Bréfritari: Soffía Daníelsdóttir
Viðtakandi: Jakobína Magnúsdóttir og Daníel Halldórsson
Dagsetning: A-1900-09-19
Skrifað á: Skeggjastöðum  N-Múl.
Soffía var dóttir Jakobínu og Daníels

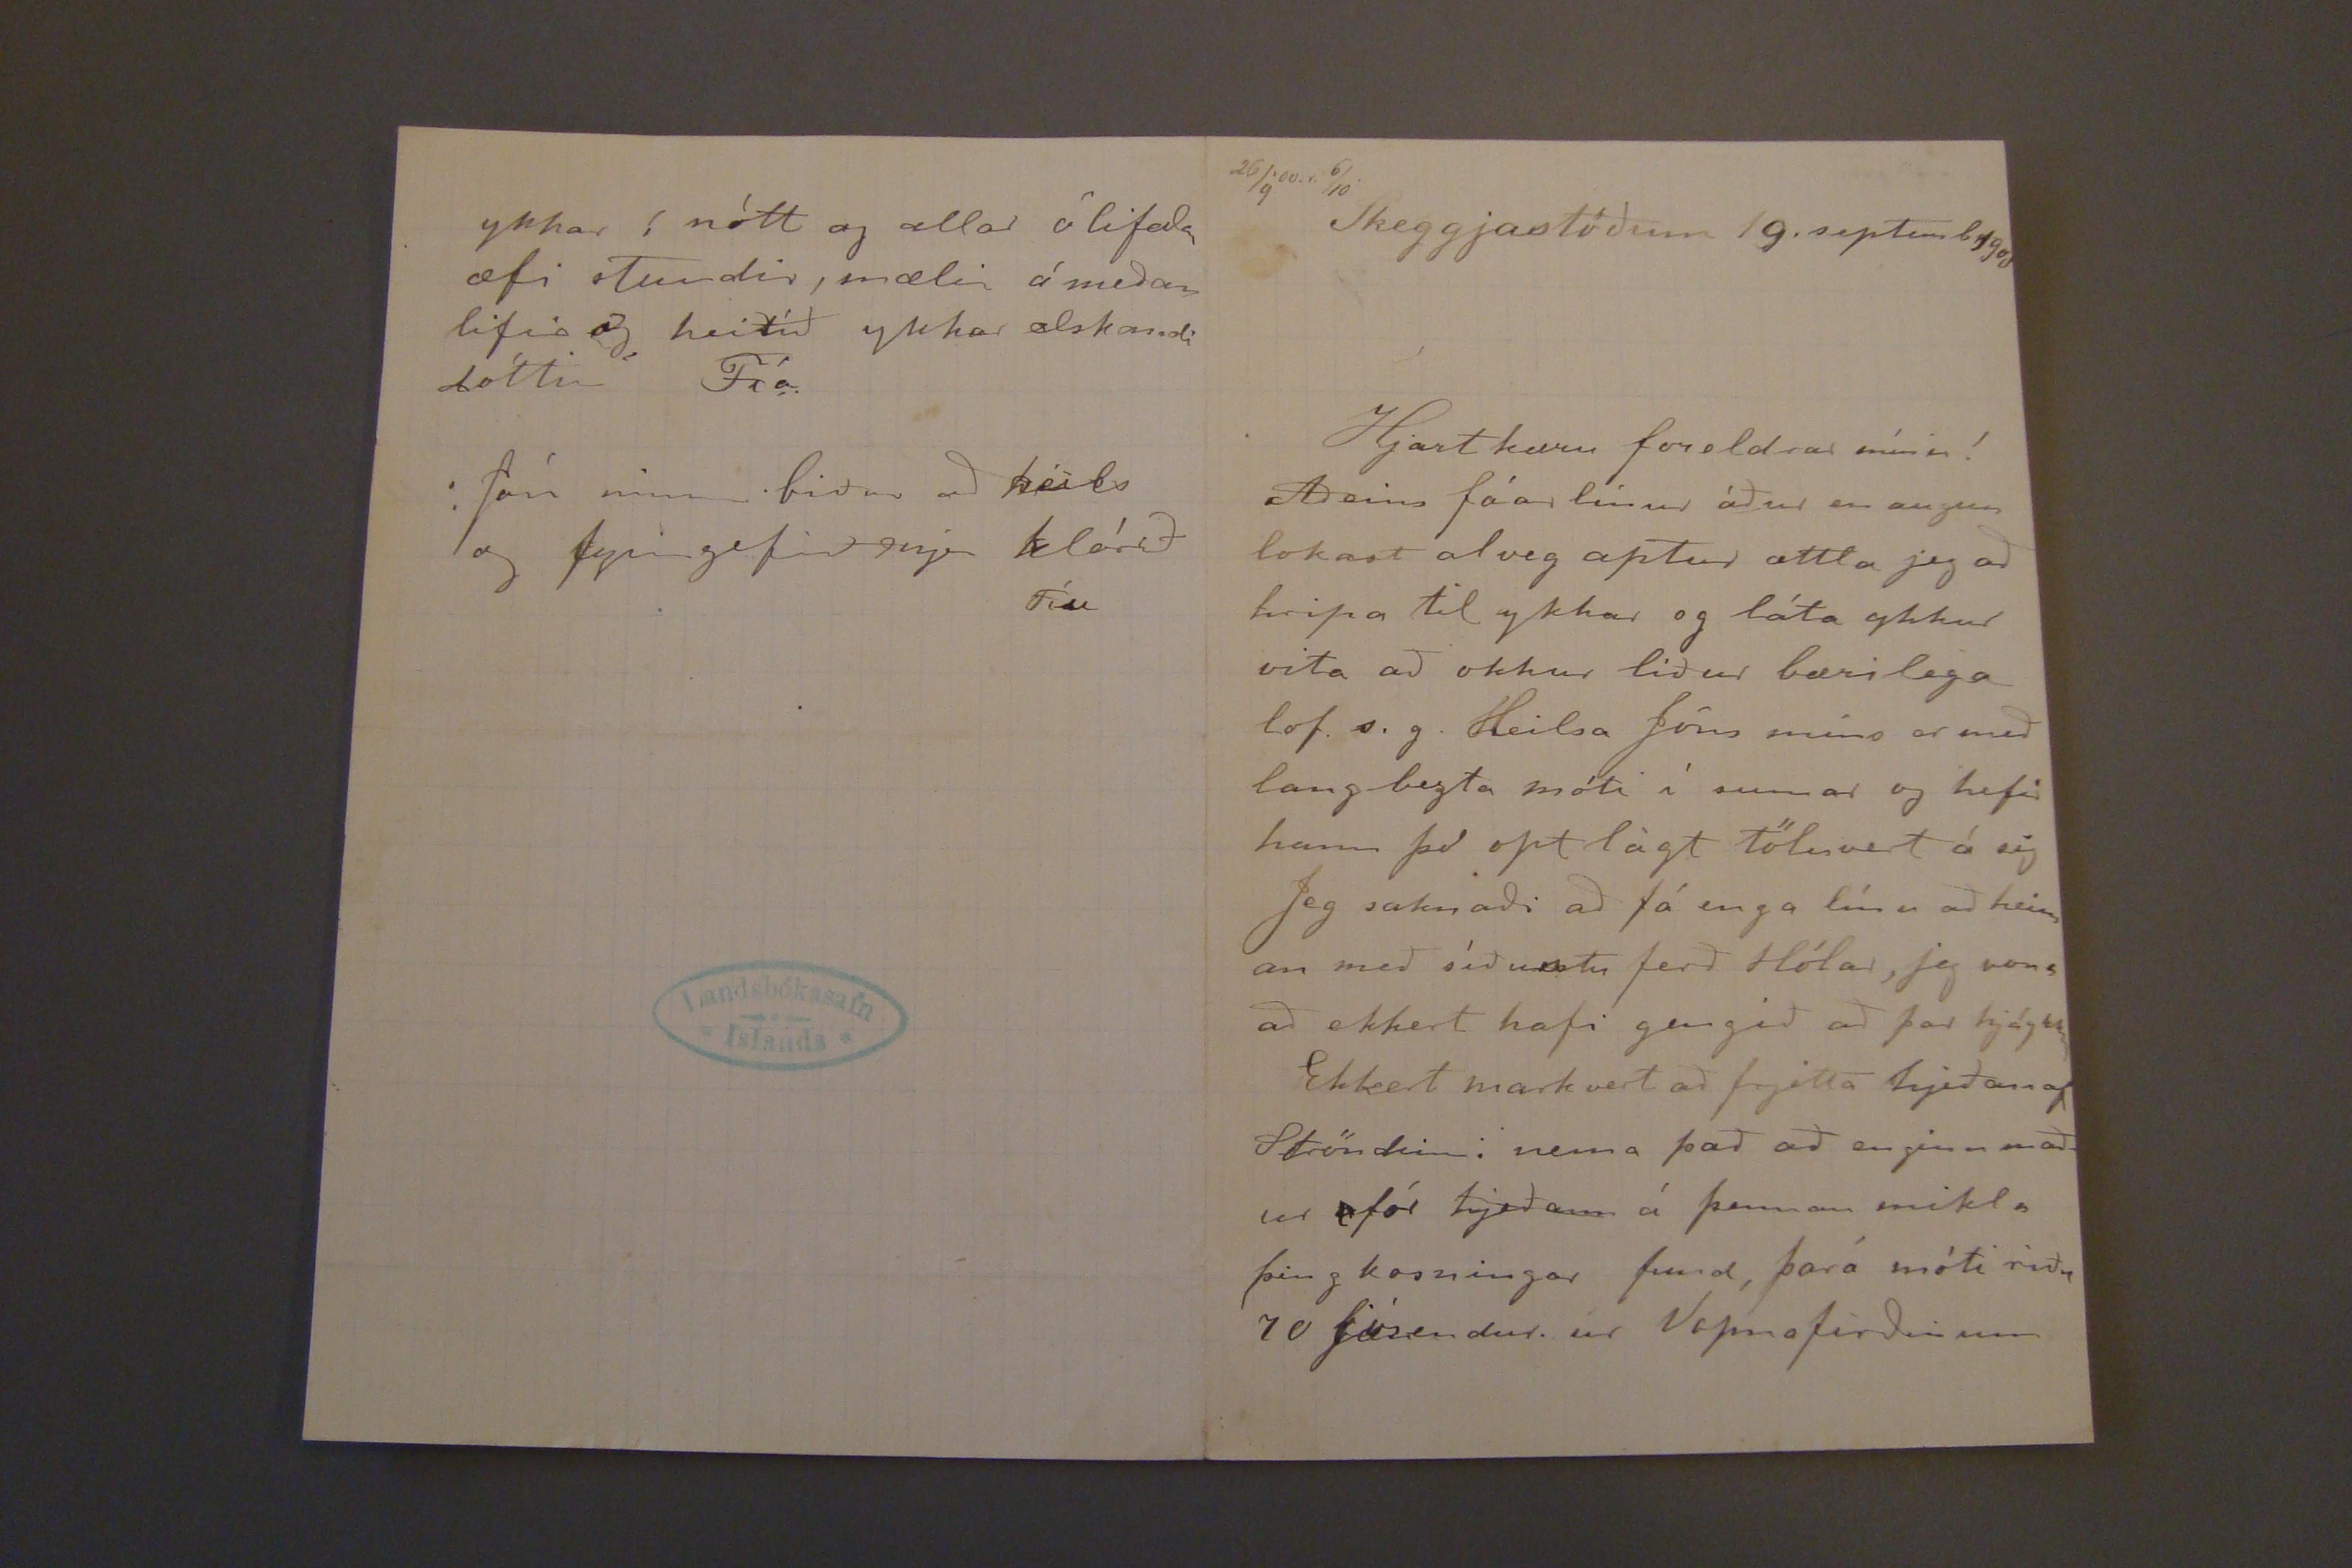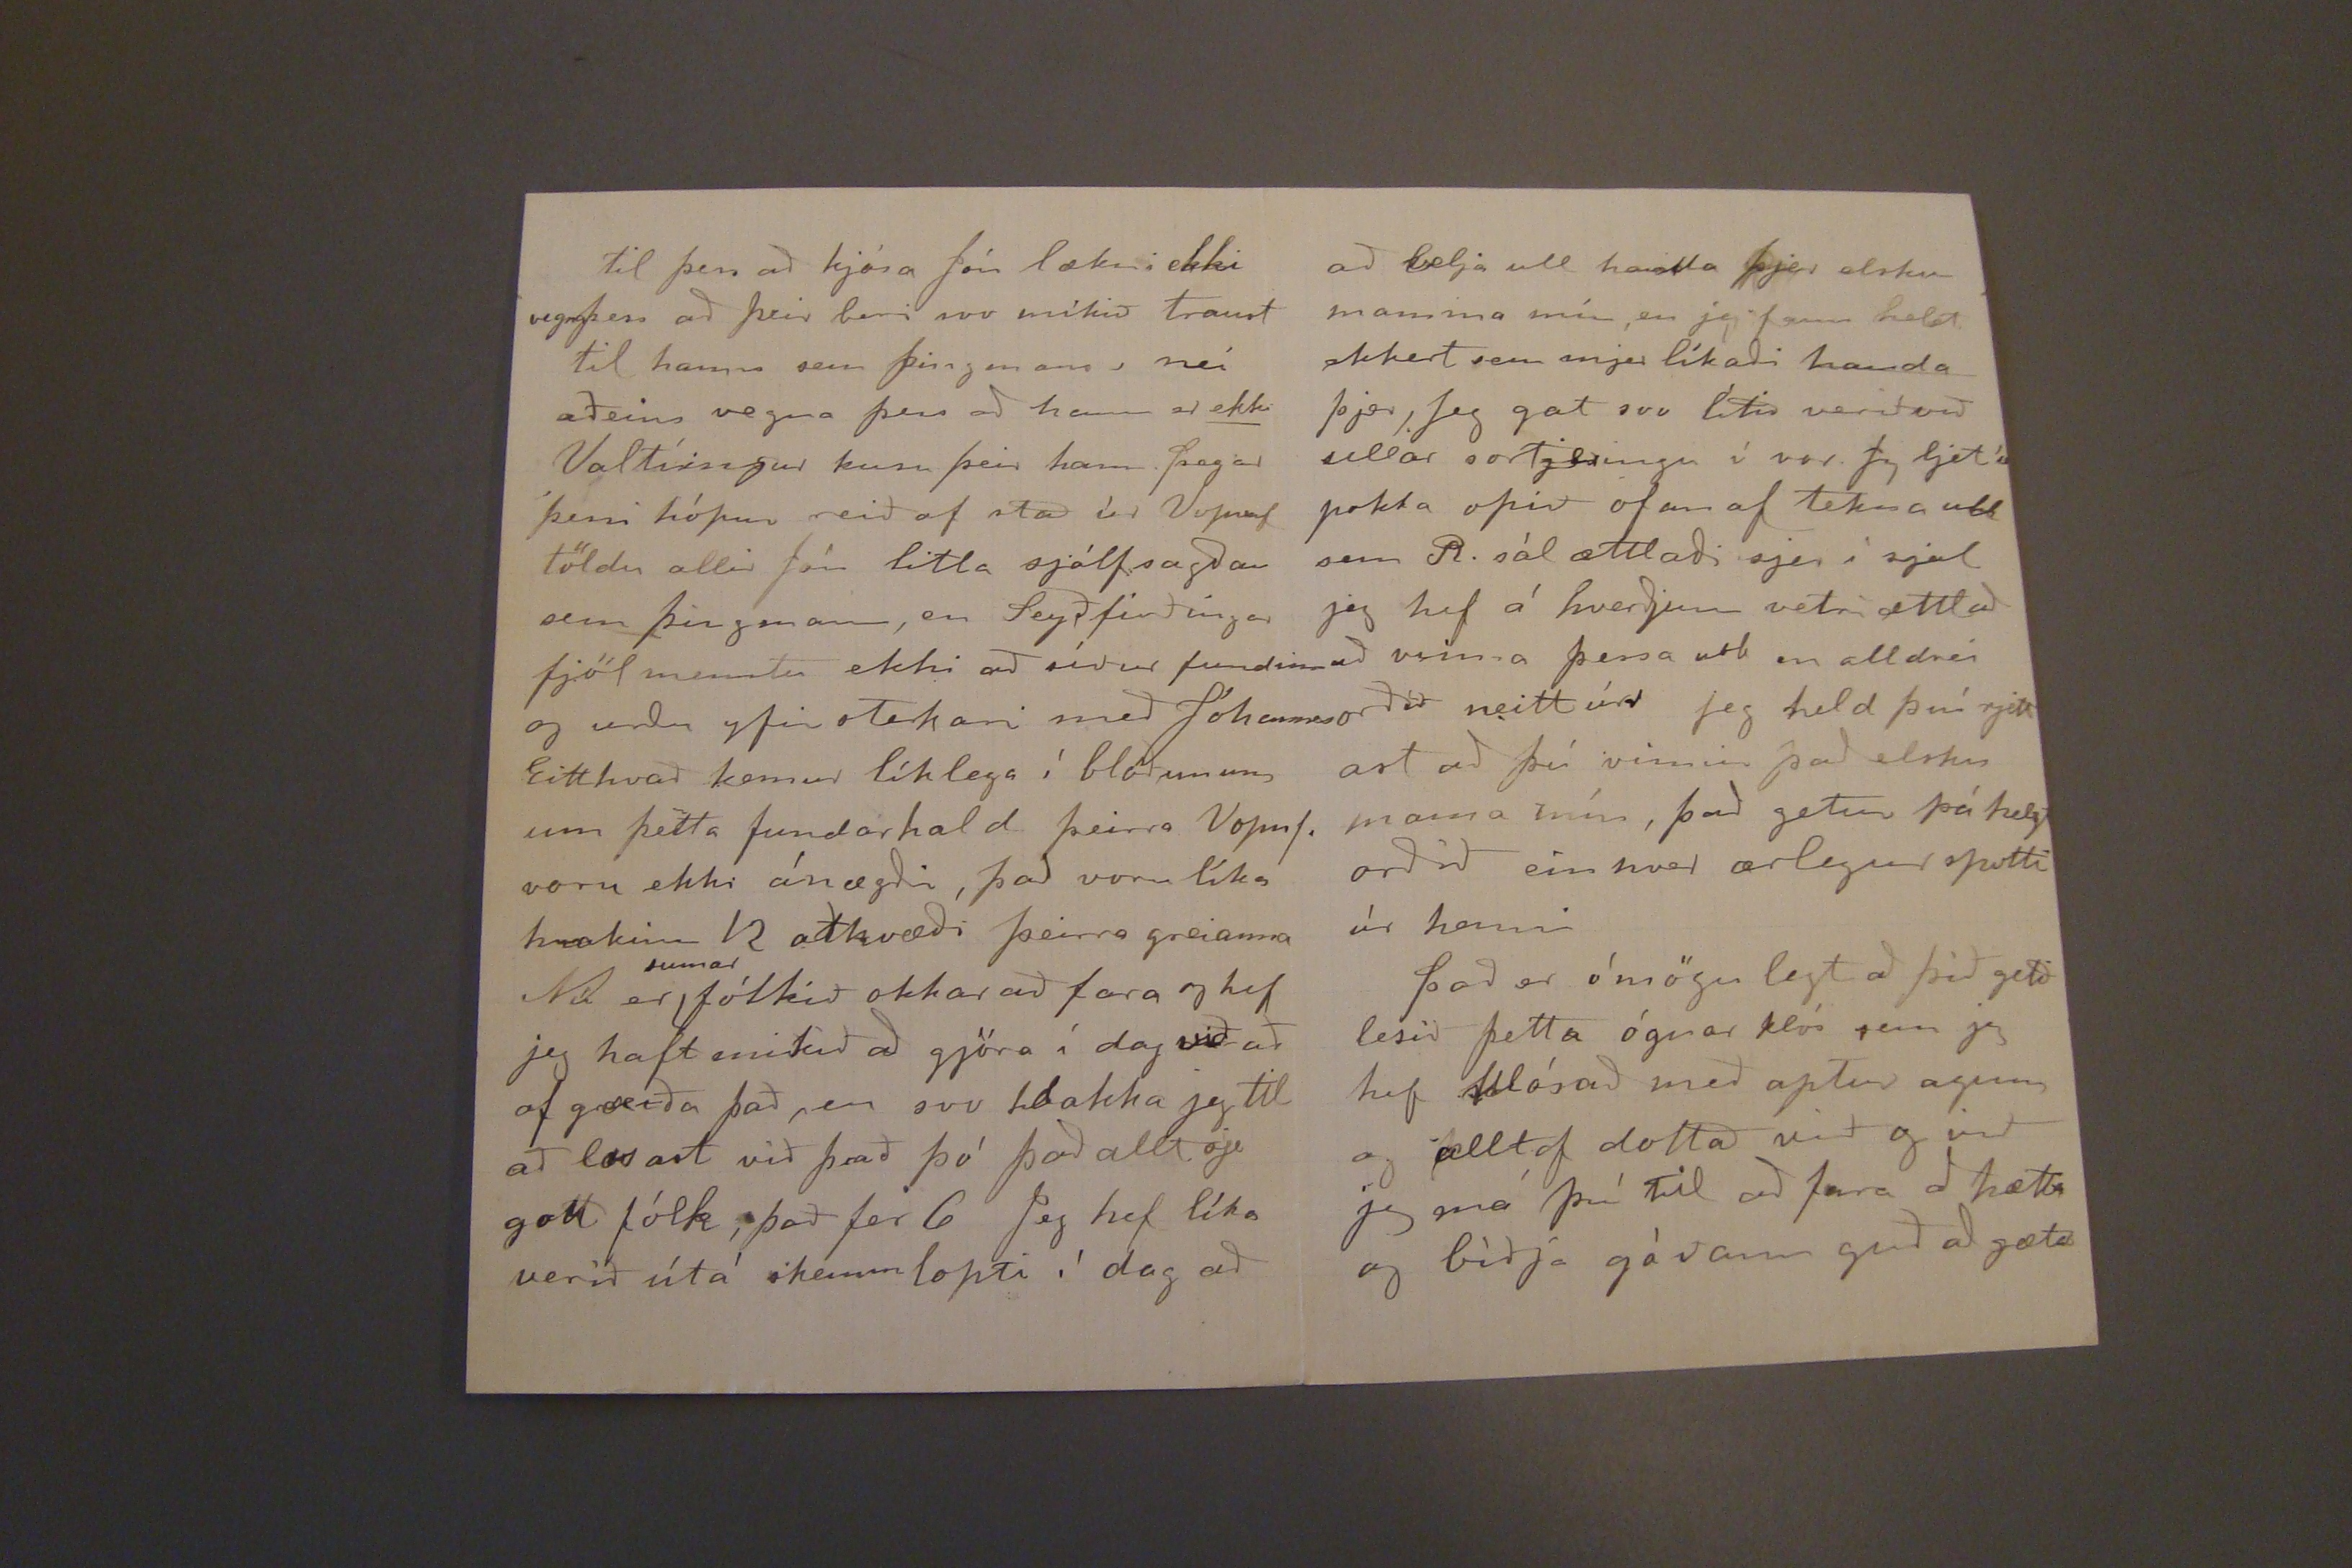

26/9'00.1 6/10
Skeggjastöðum 19. septemb 1900
Hjartkæru foreldrar mínir!
Aðeins fáar línur áður en augun lokast alveg aptur ættla jeg að hripa til ykkar og láta ykkur vita að okkur liður bærilega lof s.g. Heilsa Jóns míns er með lang bezta móti í sumar og hefir hann þó opt lágt töluvert á sig
Jeg saknaði að fá enga línu að heiman með síðustu ferð Hólar, jeg vona að ekkert hafi gengið að þar hjáykkur
Ekkert markvert að frjetta hjeðan af Ströndinni nema það að enginn maður fór hjeðann á þennan mikla þing kosningar fund, þará móti riðu 10 kjósendur ur Vopnafirðinum
til þess að kjósa Jón lækni ekki vegna þess að þeir beri svo mikið traust til hanns sem þingmans; nei aðeins vegna þess að hann er
ekki
Valtíringur kusu þeir hann. þegar þessi hópur rieð af stað úr Vopnaf töldu allir Jón litla sjálfsagðar sem þingmann, en Seyðfirðingar fjölmentu ekki að síður fundinn og urðu yfir sterkari með Jóhannes Eitthvað kemur líklega í blöðunum um þetta fundarhald þeirra Vopnf. voru ekki ánægðri, það voru líka hrakinn 12 atkvæði þeirra greianna Nú er
sumar
fólkið okkar að fara og hef jeg haft mikið að gjöra í dag við að of gærða það, en svo hlakka jeg til að losast við það þó það allt sje gott fólk, það fer 6 Jeg hef líka verið útá skemmlopti í dag að
ykkar í nótt og allar ólifaðar æfi stundir, mælir ámeðan lifir og heitið ykkar elskandi dóttir Fía
Jón minn biður að heils og fyrirgefið mjer klórið
Fíu
að belja ull handa þjer elsku mamma mín, en jeg fann helst ekkert sem mjer líkaði handa þjer, Jeg gat svo lítið verið við ullar sorjeringu í vor. Jeg ljet í pokta opið ofan af tekna ull sem R. sál ættlaði sjer í sjal jeg hef á hverjum vetri ættlað að minna þess vel en alldrei orðið neitt úrr jeg held því rjett ast að þú vinnir það elsku mama mín, það getur þá helst orðið einhver ærlegur spotti úr henni
það er ómögulegt að þið getið lesið þetta ógnar
þeí
sem jeg hef
klósað
með aptur
agunn
og alltof dottað við og við jeg má því til að fara að hætta og biðja góðann guð að gæta